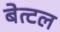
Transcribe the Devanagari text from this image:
बेत्टल